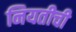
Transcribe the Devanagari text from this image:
नियतीची